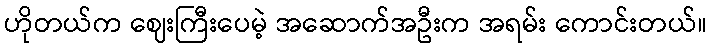
ဟိုတယ်က ဈေးကြီးပေမဲ့ အဆောက်အဦးက အရမ်း ကောင်းတယ်။